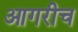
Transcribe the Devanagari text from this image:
आगरीच